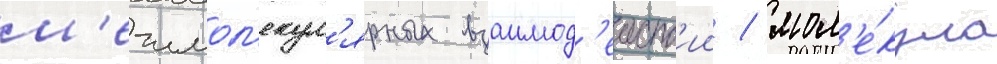
м'ежмол'екул'ярных взаимод'еиств'ии / мол'е́кула